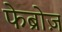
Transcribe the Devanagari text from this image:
फेब्रोज़